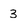
Character: 3